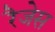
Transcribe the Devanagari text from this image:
रैजेस